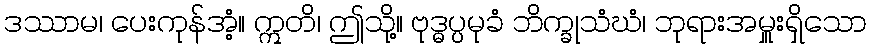
ဒဿာမ၊ ပေးကုန်အံ့။ ဣတိ၊ ဤသို့။ ဗုဒ္ဓပ္ပမုခံ ဘိက္ခုသံဃံ၊ ဘုရားအမှူးရှိသော